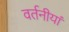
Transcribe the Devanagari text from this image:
वर्तनीयां